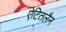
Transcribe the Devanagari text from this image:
ऐटितलैन